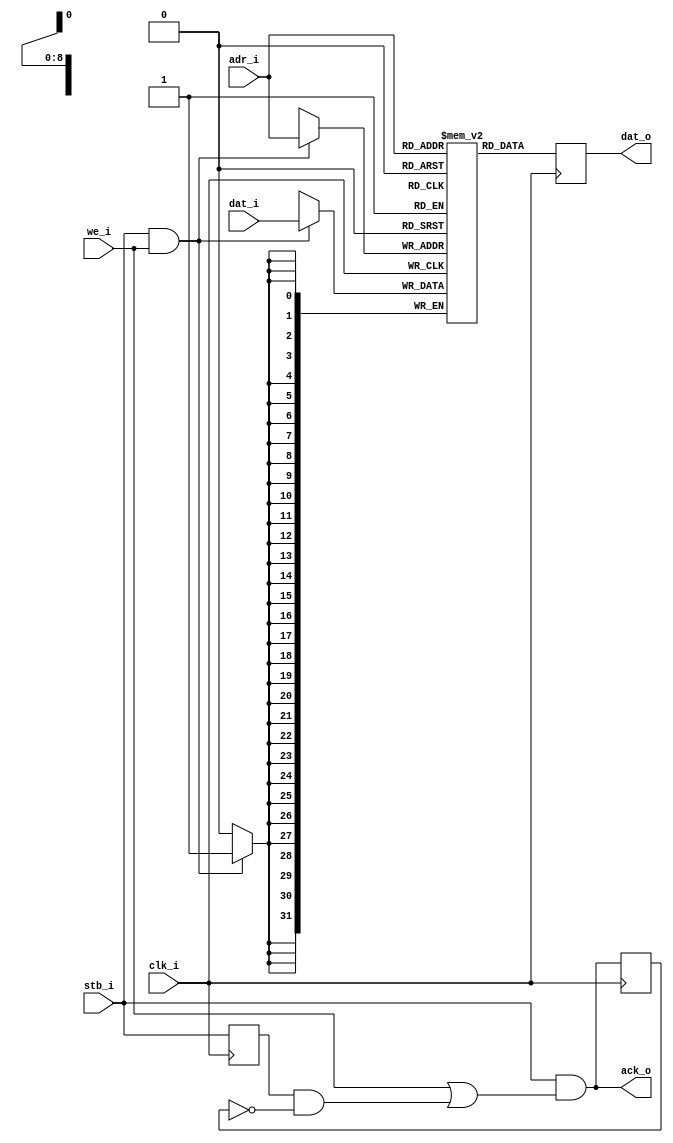
//
// Copyright 2011 Ettus Research LLC
//
// This program is free software: you can redistribute it and/or modify
// it under the terms of the GNU General Public License as published by
// the Free Software Foundation, either version 3 of the License, or
// (at your option) any later version.
//
// This program is distributed in the hope that it will be useful,
// but WITHOUT ANY WARRANTY; without even the implied warranty of
// MERCHANTABILITY or FITNESS FOR A PARTICULAR PURPOSE.  See the
// GNU General Public License for more details.
//
// You should have received a copy of the GNU General Public License
// along with this program.  If not, see <http://www.gnu.org/licenses/>.
//



// Since this is a block ram, there are no byte-selects and there is a 1-cycle read latency
//   These have to be a multiple of 512 lines (2K) long

module wb_ram_block
  #(parameter AWIDTH=9)
    (input clk_i,
     input stb_i,
     input we_i,
     input [AWIDTH-1:0] adr_i,
     input [31:0] dat_i,
     output reg [31:0] dat_o,
     output ack_o);

   reg [31:0] distram [0:1<<(AWIDTH-1)];

   always @(posedge clk_i)
     begin
	if(stb_i & we_i)
	  distram[adr_i] <= dat_i;
	dat_o <= distram[adr_i];
     end

   reg stb_d1, ack_d1;
   always @(posedge clk_i)
     stb_d1 <= stb_i;
   
   always @(posedge clk_i)
     ack_d1 <= ack_o;
   
   assign ack_o = stb_i & (we_i | (stb_d1 & ~ack_d1));
endmodule // wb_ram_block